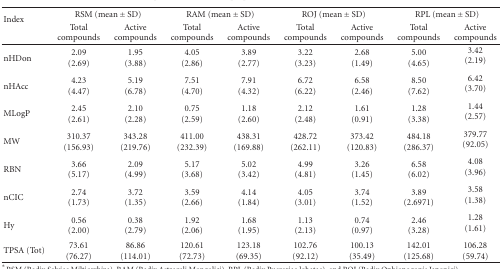
<table><thead><tr><td rowspan="2"><b>Index</b></td><td colspan="2"><b>RSM (mean ± SD)</b></td><td colspan="2"><b>RAM (mean ± SD)</b></td><td colspan="2"><b>ROJ (mean ± SD)</b></td><td colspan="2"><b>RPL (mean ± SD)</b></td></tr><tr><td><b>Total compounds</b></td><td><b>Active compounds</b></td><td><b>Total compounds</b></td><td><b>Active compounds</b></td><td><b>Total compounds</b></td><td><b>Active compounds</b></td><td><b>Total compounds</b></td><td><b>Active compounds</b></td></tr></thead><tbody><tr><td>nHDon</td><td>2.09(2.69) </td><td>1.95(3.88)</td><td>4.05(2.86)</td><td>3.89(2.77)</td><td>3.22(3.23)</td><td>2.68(1.49)</td><td>5.00(4.65)</td><td>3.42(2.19)</td></tr><tr><td>nHAcc</td><td>4.23(4.47)</td><td>5.19(6.78)</td><td>7.51(4.70)</td><td>7.91(4.32)</td><td>6.72(6.22)</td><td>6.58(2.46)</td><td>8.50(7.62)</td><td>6.42(3.70) </td></tr><tr><td>MLogP</td><td>2.45(2.61)</td><td>2.10(2.28)</td><td>0.75(2.59)</td><td>1.18(2.60)</td><td>2.12(2.48)</td><td>1.61(0.91)</td><td>1.28(3.38)</td><td>1.44(2.57) </td></tr><tr><td>MW</td><td>310.37 (156.93)</td><td>343.28(219.76)</td><td>411.00 (232.39)</td><td>438.31(169.88)</td><td>428.72 (262.11)</td><td>373.42(120.83)</td><td>484.18 (286.37)</td><td>379.77(92.05) </td></tr><tr><td>RBN</td><td>3.66(5.17)</td><td>2.09(4.99)</td><td>5.17(3.68) </td><td>5.02(3.42)</td><td>4.99(4.81)</td><td>3.26(1.45)</td><td>6.58(6.02)</td><td>4.08(3.96) </td></tr><tr><td>nCIC</td><td>2.74(1.73)</td><td>3.72(1.35)</td><td>3.59(2.66)</td><td>4.14(1.84)</td><td>4.05(3.01)</td><td>3.74(1.52)</td><td>3.89 (2.6971)</td><td>3.58(1.38) </td></tr><tr><td>Hy</td><td>0.56(2.00)</td><td>0.38(2.79)</td><td>1.92(2.06)</td><td>1.68(1.95)</td><td>1.13(2.13)</td><td>0.74(0.97)</td><td>2.46(3.28)</td><td>1.28(1.61) </td></tr><tr><td>TPSA (Tot)</td><td>73.61(76.27) </td><td>86.86(114.01)</td><td>120.61(72.73)</td><td>123.18(69.35)</td><td>102.76(92.12)</td><td>100.13(35.49)</td><td>142.01(125.68) </td><td>106.28(59.74)</td></tr></tbody></table>